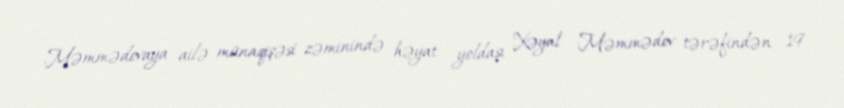
Məmmədovaya ailə münaqişəsi zəminində həyat yoldaşı Xəyal Məmmədov tərəfindən 19